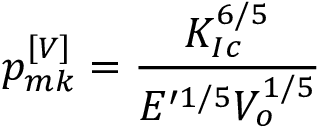
p _ { m k } ^ { \left[ V \right] } = \frac { K _ { I c } ^ { 6 / 5 } } { E ^ { \prime 1 / 5 } V _ { o } ^ { 1 / 5 } }